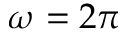
\omega = 2 \pi